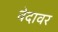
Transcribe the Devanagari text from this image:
वेदावर